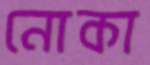
নোকা